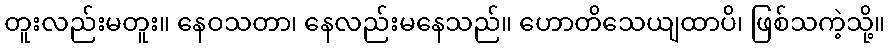
တူးလည်းမတူး။ နေဝသတာ၊ နေလည်းမနေသည်။ ဟောတိသေယျထာပိ၊ ဖြစ်သကဲ့သို့။